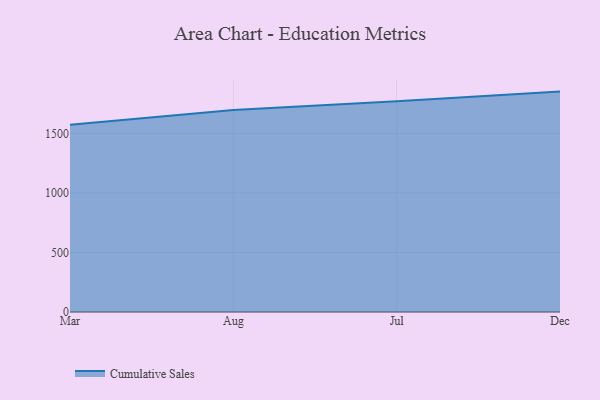
{"axis": {"x": "Month", "y": "Backlog"}, "legend": ["Cumulative Sales"], "data": [{"x": "Mar", "y": 1573.7, "type": "Cumulative Sales"}, {"x": "Aug", "y": 1696.3, "type": "Cumulative Sales"}, {"x": "Jul", "y": 1770.1, "type": "Cumulative Sales"}, {"x": "Dec", "y": 1851.1, "type": "Cumulative Sales"}]}